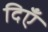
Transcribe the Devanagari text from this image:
दिएँ